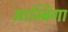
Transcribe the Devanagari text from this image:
आम्बिगा